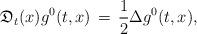
LaTeX: \begin{align*}\mathfrak{D}_t (x) g^0(t,x) \, = \, \frac{1}{2} \Delta g^0(t, x),\end{align*}